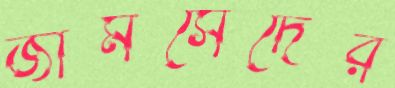
জামসেদের